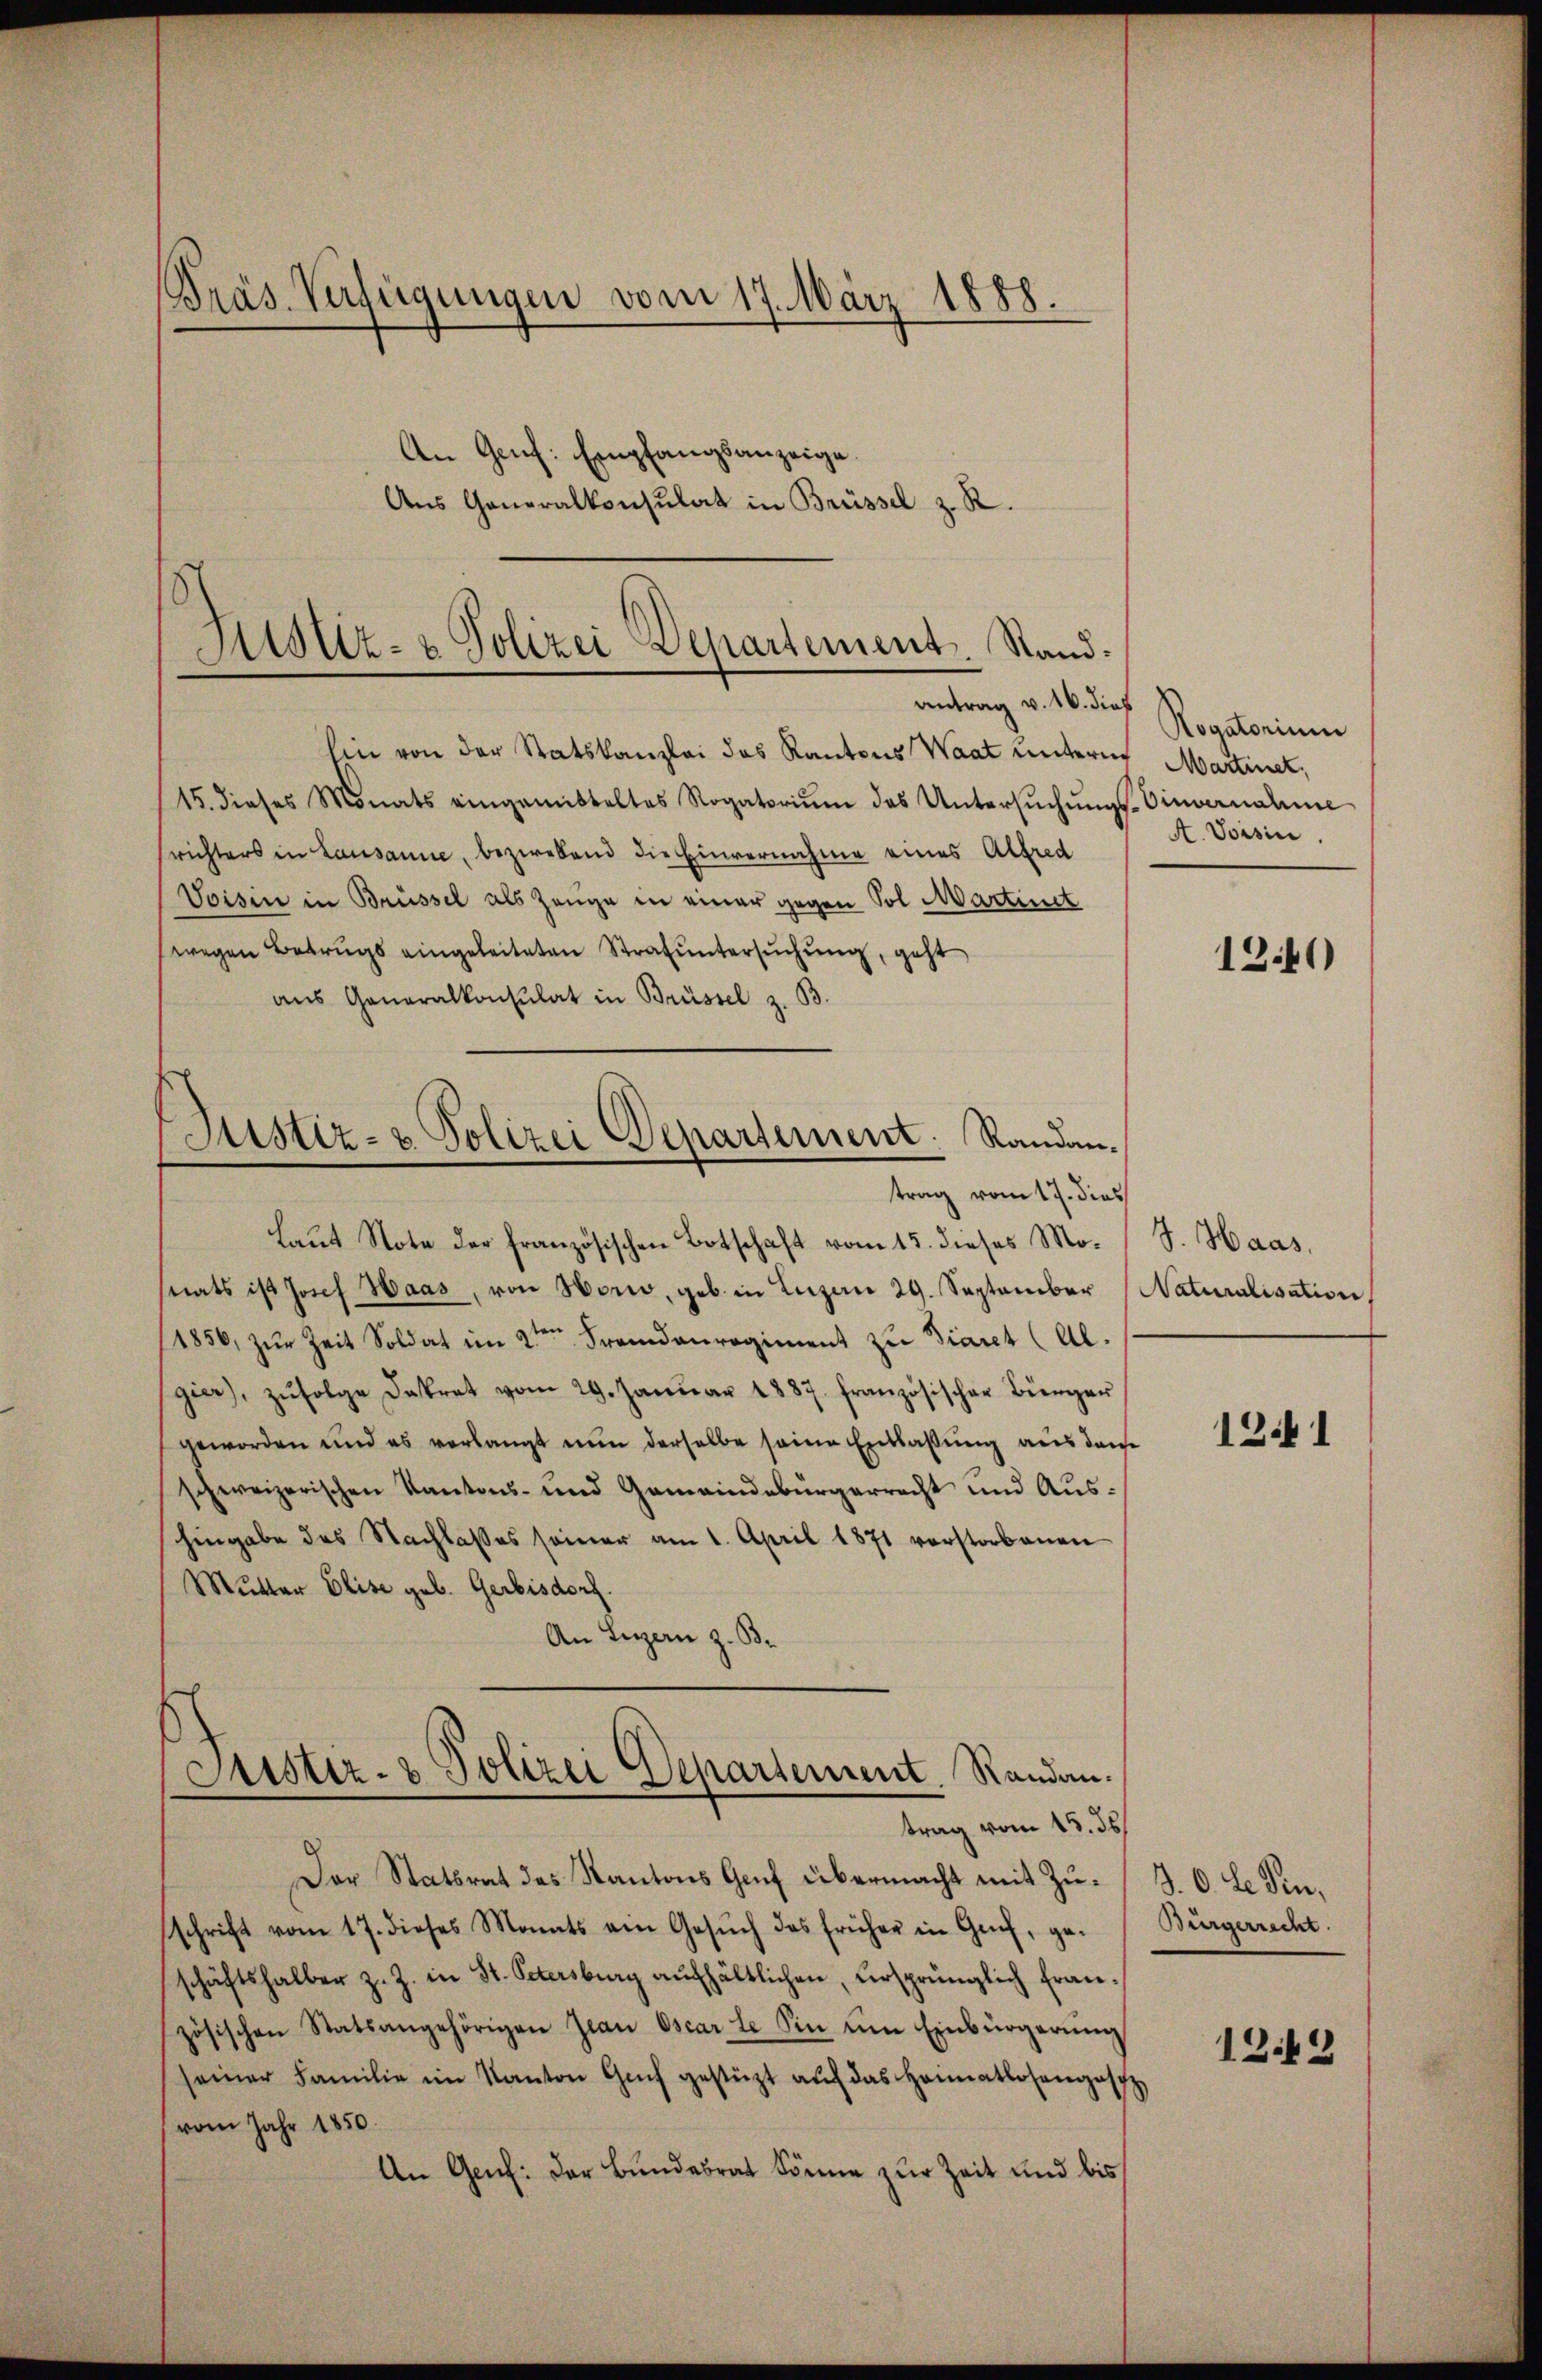
Präs. Verfügungen vom 17. März 1888.
An Genf: Empfangsanzeige
Aus Generalkonsulat in Brüssel z. R.
Astiz- & Polizei Departement. Standantrag v. 16. dies

hin von der Statskanzlei das Kantons Waat unterer Martinet,
15. dieses Monats eingemitteltes Rogatoriŭm das Untersŭchŭngs-Einvernahme
richters in Lausanne, bezwebend die Einvernahme eines Alfred
Voisin in Brüssel als Zeuge in einer gegen Sol Martinet
wegen Betrugs eingeleiteten Strafuntersŭchŭng, geht
aŭs Generalkonsulat in Brüssel z. B.
Laŭt Note der französischen Botschaft vom 15. dieses Mo-
nats ist Josef Haas, von Honio, geb. in Luzern 29. September
1856, zur Zeit Soldat im 2ten Fremdenregiment zu Diares (Al.
gier), zŭfolge Dekret vom 29. Janŭar 1887. französischer Bürger
geworden und es verlangt nŭn derselbe seine Entlaßung aus dem
schweizerischen Kantons- und Gemeindebürgerrecht und Aushingabe des Nachlasses seiner am 1. April 1871 vorstorbenen
Mutter Elise geb. Gerbisdorf.
An Luzern z. B.
Justiz- & Polizei Departement. Randantrag vom 15. ds.
Der Statsrat des Kantons Genf übermacht mit Zuschrift vom 17. dieses Monats ein Gesŭch des früher in Gach, ge-
schäftshalber z. Z. in St. Petersburg aŭfhältlichen, ursprünglich französischen Statsangehörigen Jean Oscarte Sin ŭm Einbürgerŭng
seiner Familie im Kanton Genf gestützt aŭf das Heimatlosengasc
vom Jahr 1850.
An Genf: der Bundesrat könne zur Zeit und bis

Sistiz- & Polizei Departement: Randantrag vom 17. dies

Rogatorium
A. Vorsin

1246)

J. Haas,
Naturalisation

1341

d.O. Le fin,
Bürgerrecht.

12.42